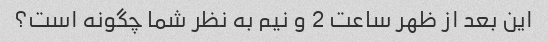
این بعد از ظهر ساعت 2 و نیم به نظر شما چگونه است؟